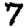
Digit: 7